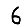
Digit: 6